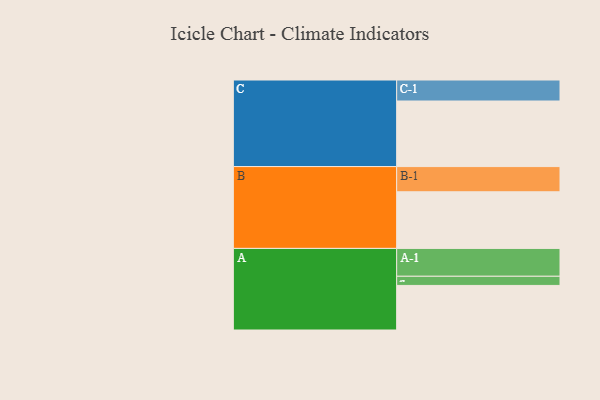
{"axis": {"x": "Segment", "y": "Value"}, "legend": ["", "A", "B", "C"], "data": [{"x": "A", "y": 384, "type": ""}, {"x": "B", "y": 488, "type": ""}, {"x": "C", "y": 565, "type": ""}, {"x": "A-1", "y": 240, "type": "A"}, {"x": "A-2", "y": 79, "type": "A"}, {"x": "B-1", "y": 217, "type": "B"}, {"x": "C-1", "y": 181, "type": "C"}]}